Medical and sanitary report of the native army of Bengal for the year
Year: 1878
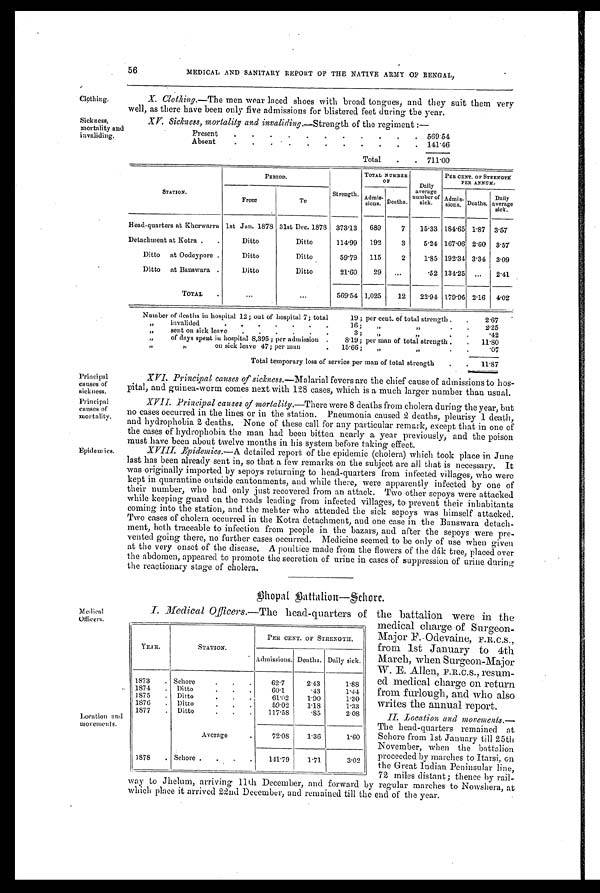
56
MEDICAL AND SANITARY REPORT OP THE NATIVE ARMY OP BENGAL,
Clothing,
Sickness,
mortality and
invaliding.
X. Clothing. —The men wear laced shoes with broad tongues, and they suit them very
well, as there have been only five admissions for blistered feet during the year .
XV. Sickness, mortality and invaliding.—Strength of the regiment :—
Present
.
.
.
.
.
.
.
.
.
.
.
569 54
Absent
.
.
.
.
.
.
.
.
.
.
.
141.46
Total
.
.
711.00
S T A T I O N .
PERIOD.
Strength.
TOTAL NUMBER
O F
Daily
average
number of
sick.
PER CENT. OF STRENGTH
PER ANNUM.
From
To
Admis-
sions. Deaths.
Admis-
sions. Deaths.
Daily
average
sick.
Head—quarters at Kherwarra 1st Jan. 1878 31st Dec. 1878
373.13
689
7
15.33 184.65 1.87 3.57
Detachment at Kotra.
.
Ditto
Ditto
114.99
192
3
5.24 167.06 2.60
3.57
Ditto at Oodeypore.
Ditto
Ditto
59.79
115
2
1.85 192.34 3.34
3.09
Ditto at Banswara .
Ditto
Ditto
21.60
29
...
.52 134.25
. . .
2.41
TOTAL
.
...
...
569.54 1,025
12
22.94 179.96 2.16
4.02
Number of deaths in hospital 12; out of hospital 7; total 19 ; per cent. of total strength .
.
2.67
, ,
i n v a l i d e d 1 6 ;
, ,
, ,
.
.
2.25
,,
sent on sick leave
. . . . . . 3 ;
„
,,
.
.
.42
,,
of days spent in hospital 8,395; per admission .
8.19; per man of total strength .
.
11.80
,, on si ck l eave 47; per man . 15. 66; „ ,,
.
.
.07
Total temporary loss of service per man of total strength
.
.
11.87
Principal
causes of
sickness.
Principal
causes of
mortality.
Epidemics.
Medical
Officers.
Location and
movements.
XVI. Principal causes of sickness. —Malarial fevers are the chief cause of admissions to hos
-pital, and guinea-worm comes next with 128 cases, which is a much larger number than usual.
XVII. Principal causes of mortality.—There were 8 deaths from cholera during the year, but
no cases occurred in the lines or in the station. Pneumonia caused 2 deaths, pleurisy 1 death,
and hydrophobia 2 deaths. None of these call for any particular remark, except that in one of
the cases of hydrophobia the man had been bitten nearly a year previously, and the poison
must have been about twelve months in his system before taking effect.
XVIII. Epidemics. —A detailed report of the epidemic (cholera) which took place in June
last has been already sent in, so that a few remarks on the subject are all that is necessary. It
was originally imported by sepoys returning to head-quarters from infected villages, who were
kept in quarantine outside cantonments, and while there, were apparently infected by one of
their number, who had only just recovered from an attack. Two other sepoys were attacked
while keeping guard on the roads leading from infected villages, to prevent their inhabitants
coming into the station, and the mehter who attended the sick sepoys was himself attacked.
Two cases of cholera occurred in the Kotra detachment, and one case in the Banswara detach
-ment, both traceable to infection from people in the bazars, and after the sepoys were pre
- v e n t e d g o i n g t h e r e , n o f u r t h e r c a s e s o c c u r r e d . M e d i c i n e s e e m e d t o b e o n l y o f u s e w h e n g i v e n
at the very onset of the disease. A poultice made from the flowers of the dák tree, placed over
the abdomen, appeared to promote the secretion of urine in cases of suppression of urine during
the reactionary stage of cholera.
Bhopal Battalion—Sehore.
I . M e d i c a l O f f i c e r s .
— T h e h e a d - q u a r t e r s o f t h e b a t t a l i o n w e r e i n t h e
.
medical charge of Surgeon
- M a j o r F . — O d e v a i n e , F . R . C . S . ,
from 1st January to 4th
March, when Surgeon-Major
W. E. Allen, F.R.C.S., resum
- e d m e d i c a l c h a r g e o n r e t u r n
from furlough, and who also
writes the annual report.
II. Location and movements. —
The head-quarters remained at
Sehore from 1st January till 25th
November, when the battalion
proceeded by marches to Itarsi, on
the Great Indian Peninsular line,
72 miles distant; thence by rail
way to Jhelum, arriving 11th December, and forward by regular marches to Nowshera, at
which place it arrived 22nd December, and remained till the end of the year.
YEAR.
STATION.
PER CENT. OF STRENGTH.
Admissions. Deaths. Daily sick.
1873
. Sehore.
.
.
62.7
2.43
1.88
1874
.
Ditto.
.
.
60.1
.43
1.44
1875
.
Ditto.
.
.
61.02
1.90
1.30
1876
.
Ditto
. . .
59.02
1.13
1.33
1877
.
Ditto
.
.
.
117.58
.85
2.08
Average
72.08
1.36
1.60
1878
. Sehore .
.
.
.
141.79
1.71
3.02